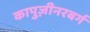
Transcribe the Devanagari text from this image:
कापुज़ीनरबर्ग